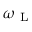
\omega _ { \mathrm { ~ L ~ } }